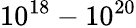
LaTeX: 10^{18}-10^{20}